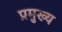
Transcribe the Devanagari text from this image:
प्रमुख्‍य